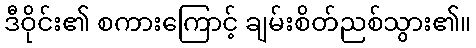
ဒီဝိုင်း၏ စကားကြောင့် ချမ်းစိတ်ညစ်သွား၏။